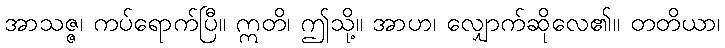
အာသဇ္ဇ၊ ကပ်ရောက်ပြီ။ ဣတိ၊ ဤသို့။ အာဟ၊ လျှောက်ဆိုလေ၏။ တတိယာ၊